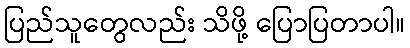
ပြည်သူတွေလည်း သိဖို့ ပြောပြတာပါ။